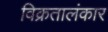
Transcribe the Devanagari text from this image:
विक्रतालंकार